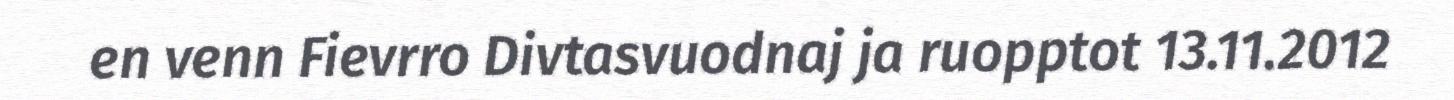
en venn Fievrro Divtasvuodnaj ja ruopptot 13.11.2012